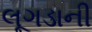
લૂગડાની